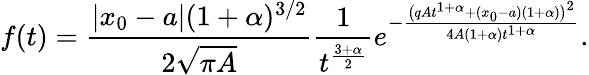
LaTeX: f(t)=\frac{|x_{0}-a|(1+\alpha)^{3/2}}{2\sqrt{\pi A}}\frac{1}{t^{\frac{3+\alpha}{2}}}e^{-\frac{\big(qAt^{1+\alpha}+(x_{0}-a)(1+\alpha)\big)^{2}}{4A(1+\alpha)t^{1+\alpha}}}.